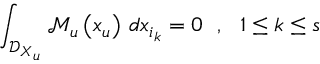
\int _ { \mathcal { D } _ { \boldsymbol { X } _ { u } } } \mathcal { M } _ { u } \left( \boldsymbol { x } _ { u } \right) \, d x _ { i _ { k } } = 0 \ \ , \ \ 1 \leq k \leq s